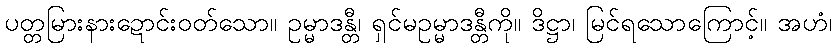
ပတ္တမြားနားဍောင်းဝတ်သော။ ဥမ္မာဒန္တီ၊ ရှင်မဥမ္မာဒန္တီကို။ ဒိဋ္ဌာ၊ မြင်ရသောကြောင့်။ အဟံ၊